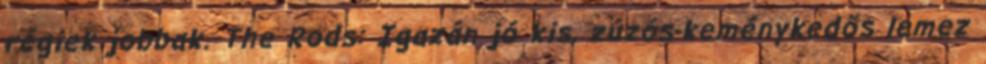
régiek jobbak. The Rods: Igazán jó kis, zúzós-keménykedős lemez